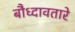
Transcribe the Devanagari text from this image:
बौध्दावतारे